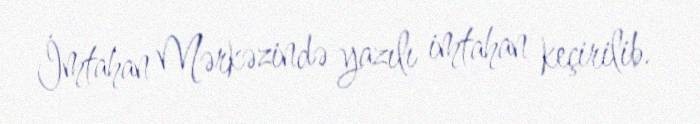
İmtahan Mərkəzində yazılı imtahan keçirilib.